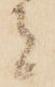
者